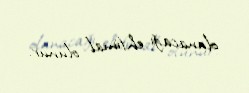
olunacağı ehtimal olunur.